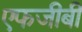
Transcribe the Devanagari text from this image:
एफजीबी